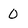
Character: 0